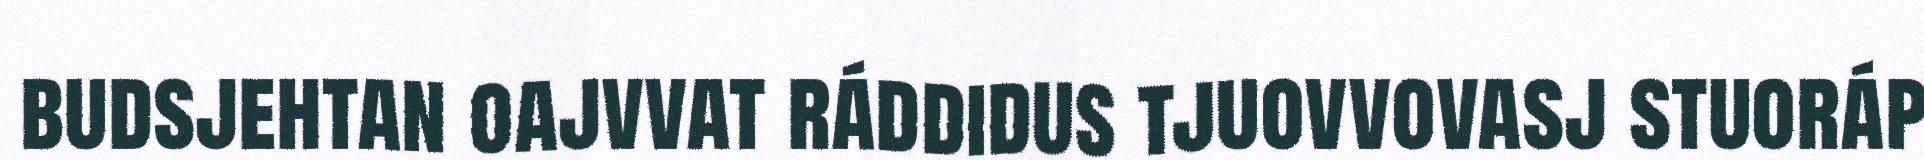
budsjehtan oajvvat ráddidus tjuovvovasj stuoráp